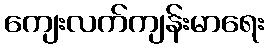
ကျေးလက်ကျန်းမာရေး